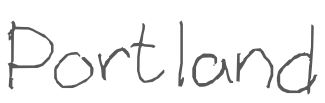
Text: Portland
Cross-out: clean
Writing tool: digital_gray